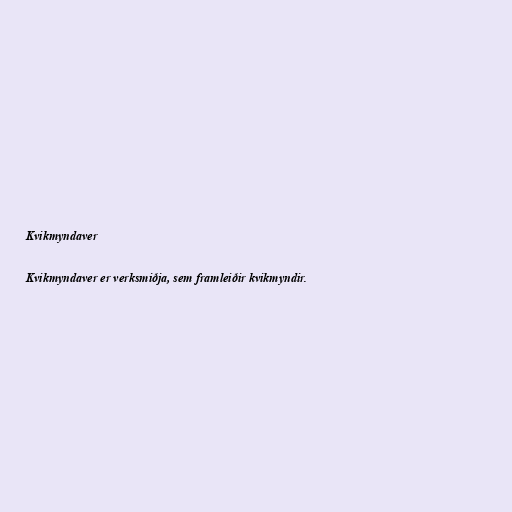
Kvikmyndaver

Kvikmyndaver er verksmiðja, sem framleiðir kvikmyndir.